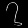
Digit: ၇